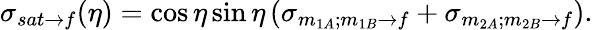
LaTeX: \sigma_{sat\rightarrow f}(\eta)=\cos\eta\sin\eta\left(\sigma_{m_{1A};m_{1B}\rightarrow f}+\sigma_{m_{2A};m_{2B}\rightarrow f}\right).